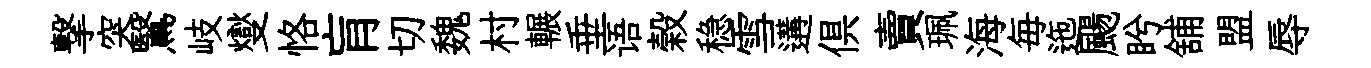
撃突鷖岐燮恪肓切魏村輾垂语榖稳雪遘俱賣珮海毎迤颺盻舖盟辱